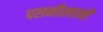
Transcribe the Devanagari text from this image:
पलनीस्वामी